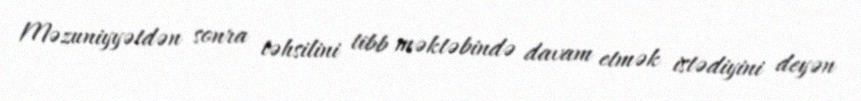
Məzuniyyətdən sonra təhsilini tibb məktəbində davam etmək istədiyini deyən